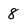
Character: 8